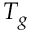
T _ { g }